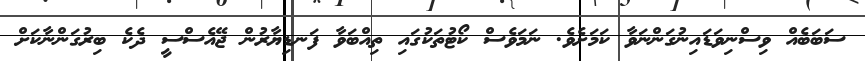
ސަބަބެއް ވިސްނިވަޑައިނުގަންނަވާ ކަމަށެވެ. ނަމަވެސް ކޯޓުތަކުގައި ތިއްބަވާ ފަނޑިޔާރުން ޖޭއެސްސީ ދެކެ ބިރުގަންނާކަށް